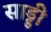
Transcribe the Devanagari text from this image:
साड्डी